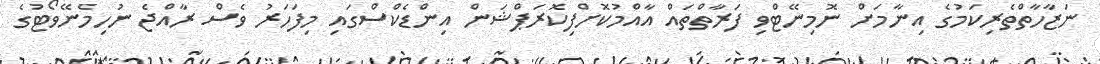
ނަޒާހާތްތެރިކަމުގެ އިނާމަށް ނޮމިނޭޓްވި ފަރާތްތައް އާއްމުކޮށްފިކޮރަޕްޝަން އިންޑެކްސްގައި މިފަހަރު ވެސް ރާއްޖެ ނުހިމެނޭވޯޓުގެ